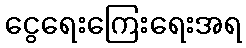
ငွေရေးကြေးရေးအရ